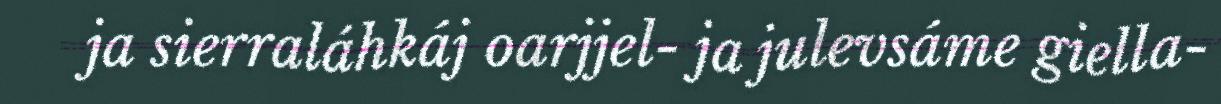
ja sierraláhkáj oarjjel- ja julevsáme giella-